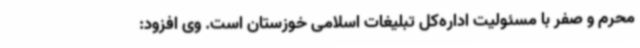
محرم و صفر با مسئولیت اداره‌کل تبلیغات اسلامی خوزستان است. وی افزود: